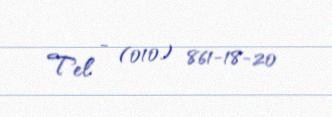
Tel - (010) 861-18-20